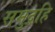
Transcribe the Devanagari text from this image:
समुद्रहि